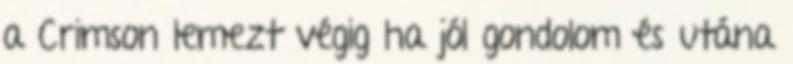
a Crimson lemezt végig ha jól gondolom és utána